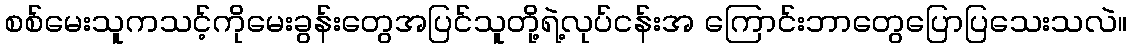
စစ်မေးသူကသင့်ကိုမေးခွန်းတွေအပြင်သူတို့ရဲ့လုပ်ငန်းအ ကြောင်းဘာတွေပြောပြသေးသလဲ။